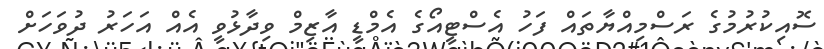
ސޮއިކުރުމުގެ ރަސްމިއްޔާތައް ފަހު އެސްޓީއޯގެ އެމްޑީ އާޒިމް ވިދާޅުވީ އެއް އަހަރު ދުވަހަށް